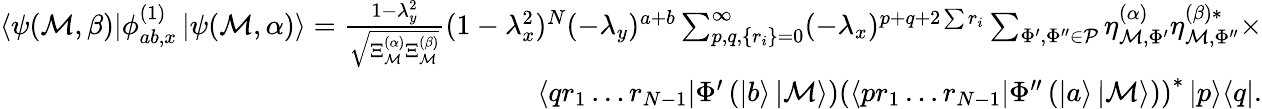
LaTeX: \begin{array}{r}{\left<\psi(\mathcal{M},\beta)\right|\phi_{ab,x}^{(1)}\left|\psi(\mathcal{M},\alpha)\right>=\frac{1-\lambda_{y}^{2}}{\sqrt{\Xi_{\mathcal{M}}^{(\alpha)}\Xi_{\mathcal{M}}^{(\beta)}}}(1-\lambda_{x}^{2})^{N}(-\lambda_{y})^{a+b}\sum_{p,q,\{ r_{i}\} =0}^{\infty}(-\lambda_{x})^{p+q+2\sum r_{i}}\sum_{\Phi^{\prime},\Phi^{\prime\prime}\in\mathcal{P}}\eta_{\mathcal{M},\Phi^{\prime}}^{(\alpha)}\eta_{\mathcal{M},\Phi^{\prime\prime}}^{(\beta)*}\times}\\ {\left<qr_{1}\ldots r_{N-1}\right|\Phi^{\prime}\left(\left|b\right>\left|\mathcal{M}\right>\right)\left(\left<pr_{1}\ldots r_{N-1}\right|\Phi^{\prime\prime}\left(\left|a\right>\left|\mathcal{M}\right>\right)\right)^{*}\left|p\middle>\middle<q\right|.}\end{array}